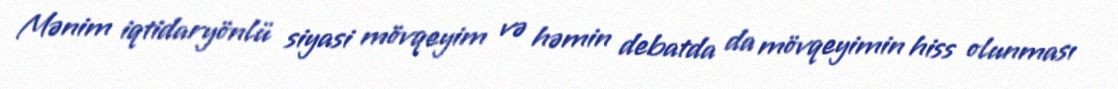
Mənim iqtidaryönlü siyasi mövqeyim və həmin debatda da mövqeyimin hiss olunması